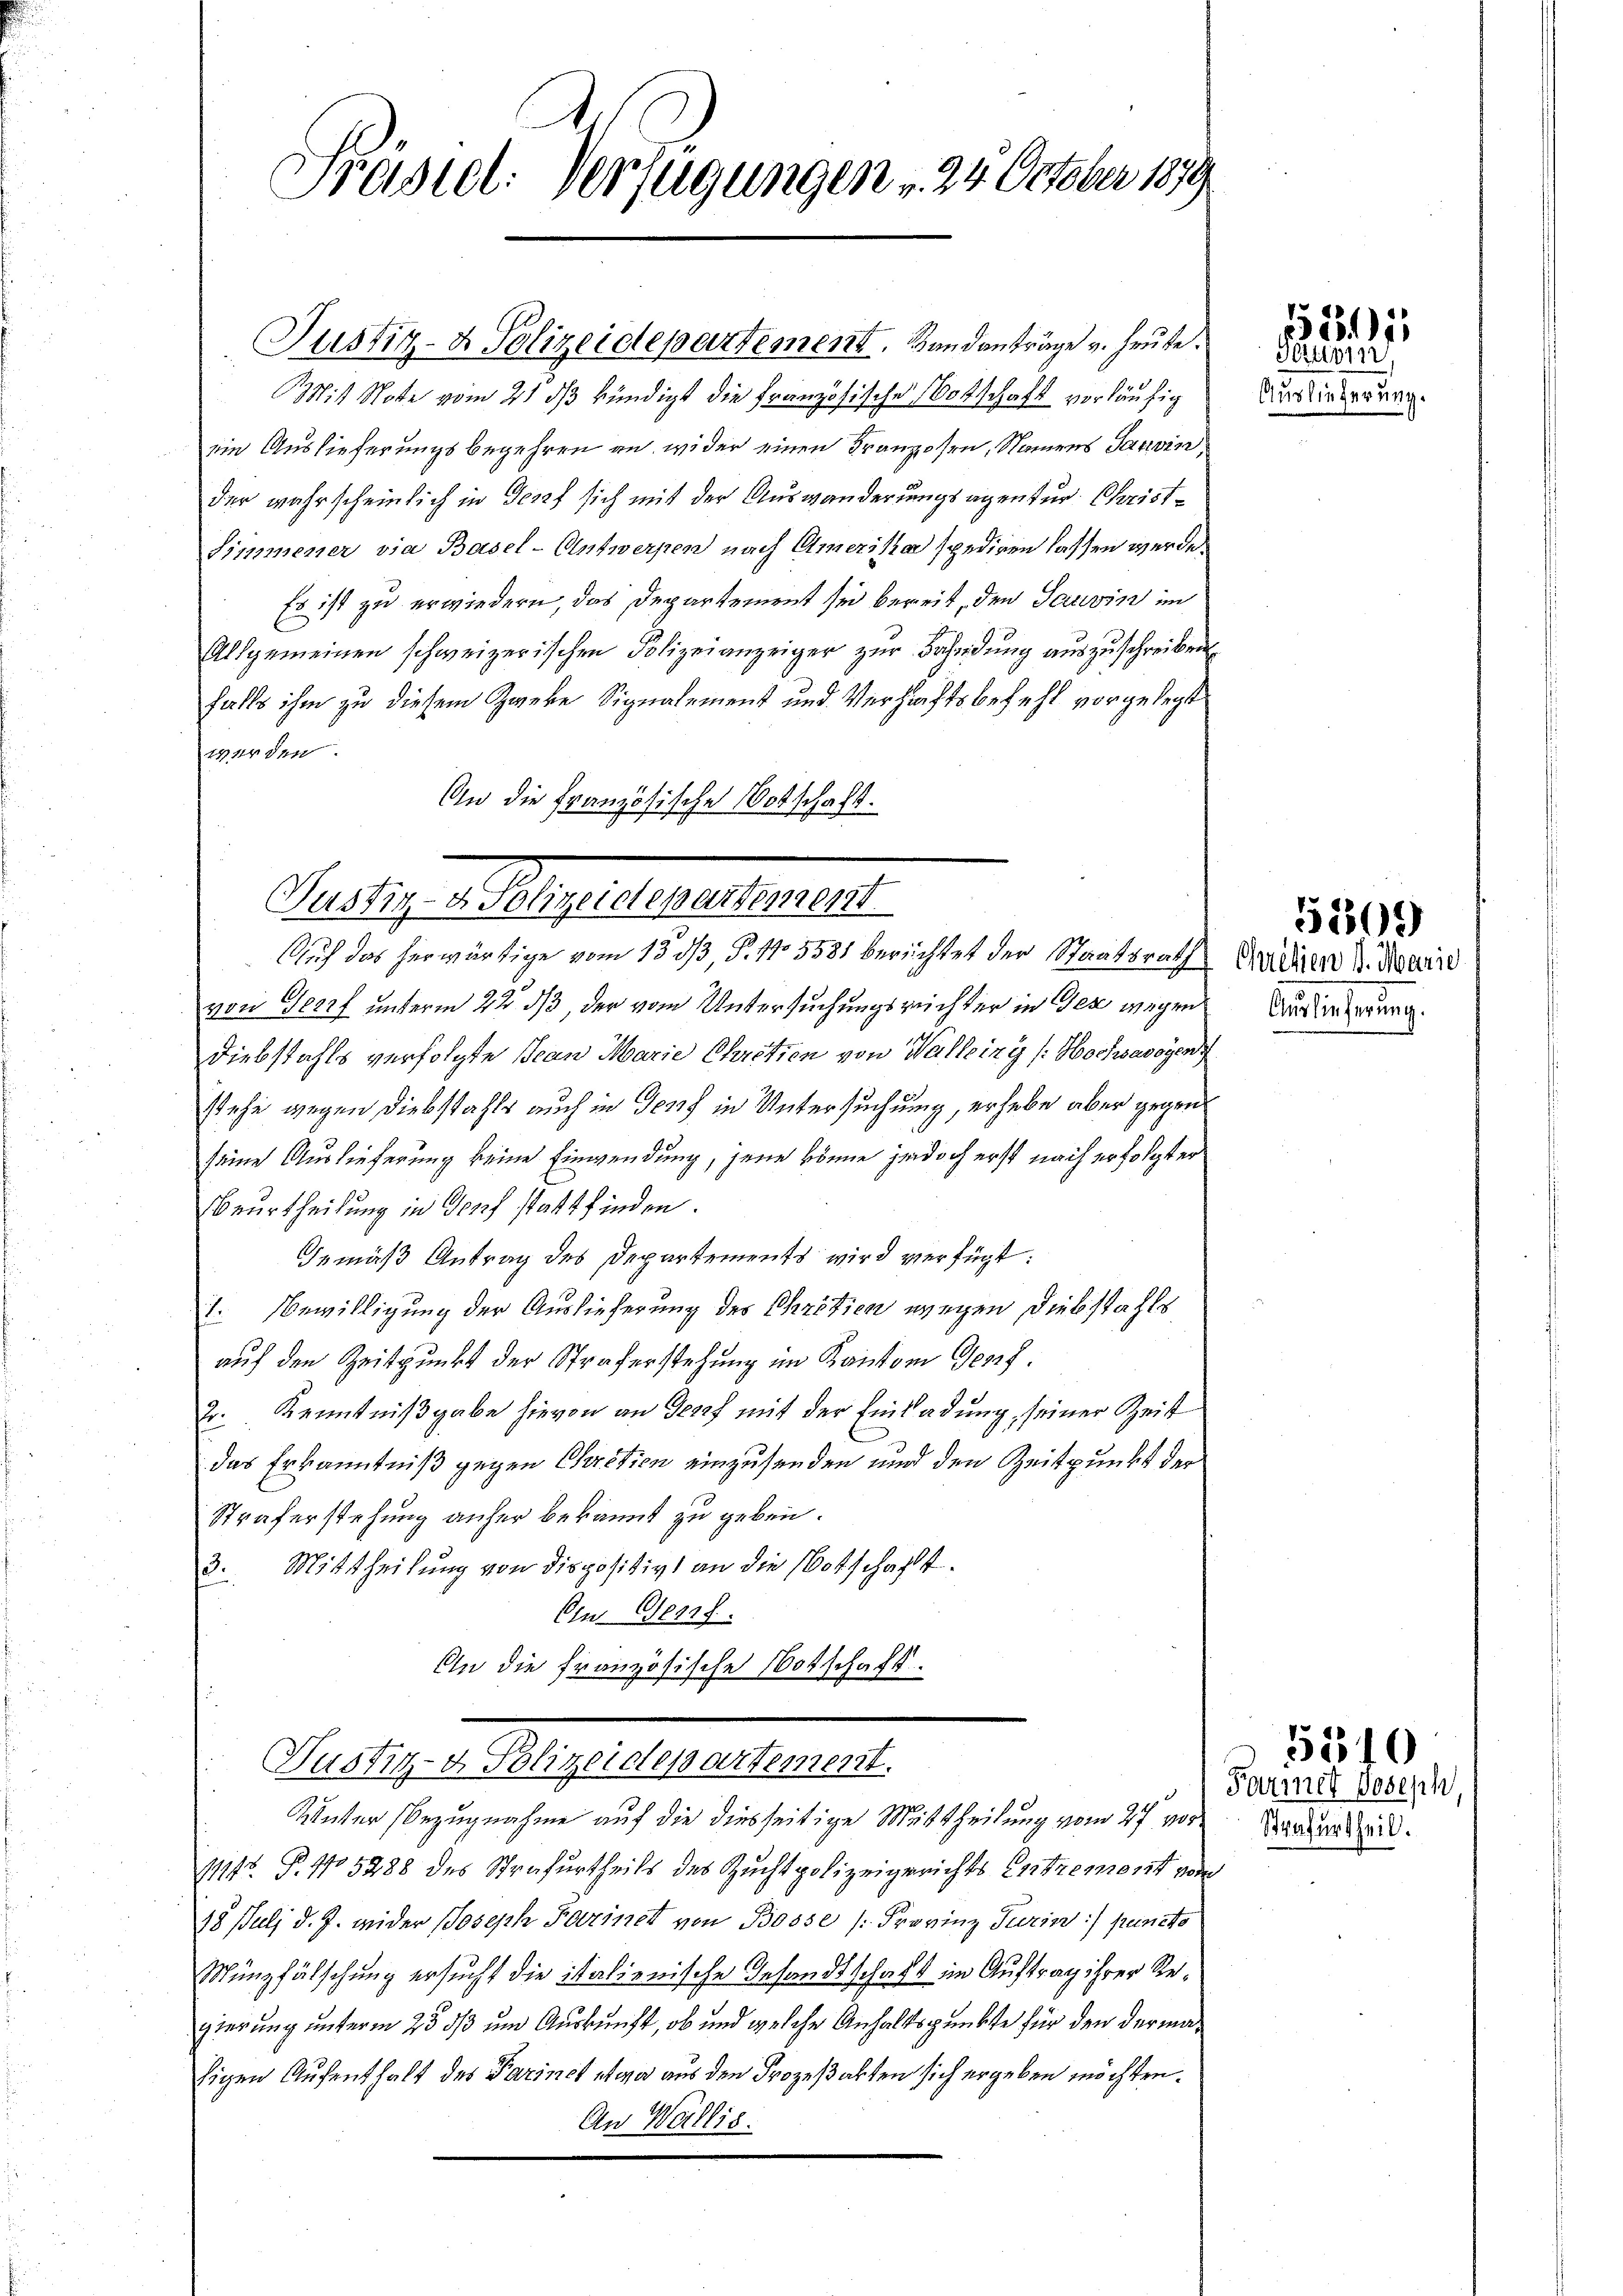
Prästet. Verfügungen , 24 October 1879

Justiz- & Polizeidepartement. Bandanträge v. Heute.
it Note vom 21 ds kündigt die Französische Botschaft vorläufig
ein Auslieferungsbegehren an, wider einen Kranzosen, Namens Janvin,
der wahrscheinlich in Genf sich mit der Auswanderungsagentur. Christ¬
Simmener via Basel-Antwerpen nach Amerika spediren lassen werde.
Es ist zu erwiedern, das Departement sie bereit, den Gauvin im
Allgemeinen schweizerischen Polizeianzeiger zŭr Bahndŭng aŭszŭschreiben
falls ihm zu diesem Zweke Signalement und Verhaftsbefehl vorgelegt
werden.
An die Französische Botschaft.

ellig u. sagen gerausgegen
Auch das herwärtige vom 15. dß, P. 115581 berichtet der Staatsrath Indien v. Marie

Justiz- & Polizeidepartement.
Unter Bezugnahme auf die diesseitige Mittheilung vom 27 vor¬

11145 P. No 5288 des Strafurtheils des Zuchtpolizeigerichts Entrement vom
18 Juli d. J. wider Joseph Harinet von Bosse (Frovinz Turin) puncto
Münzfälschung ersucht die italienische Gesandtschaft im Auftrag ihrer Regierung unterm 25 3/3 und Auskunft, ob und welche Anhaltspunkte für den derma¬
Eigen Aufenthalt des Darinet etwa aus den Prozeßakten sich ergeben möchten.
An Wallis.

von Geerf unterm 22. ds, der vom Untersuchungsreichter in Gez wegen
Diebstahls verfolgte Jean Marie Chretien von Walling (: Hochsavoyen
stehe gegen Diebstahls auch in Genf in Untersuchung, erhebe aber gegen
seine Auslieferung keine Einwendung, jene könne jedoch erst nach erfolgter
Beurtheilung in Dorf stattfinden.
Gemäß Antrag des Departements wird verfügt:
1. Bewilligung der Auslieferung des Chrétien wegen Diebstahls
auf den Zeitpunkt der Straferstehung im Kanton Ges.
2. Kenntnißgabe hievon an Genf mit der Einladung, seiner Zeit
das Erkanntniß gegen Cretien einzusenden und den Zeitpunkt der
Straferstehung anher bekannt zu geben.
3. Mittheilung von dispositiv an die Botschaft.
Ein Geras
An die französische Botschaft.

Auslie

1815
Sortion,

r

Auslieferung.

5309

Farmet Joseph
Strafurtheil.

5540